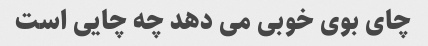
چای بوی خوبی می دهد چه چایی است